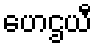
ဟေဌယီ